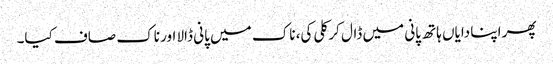
پھر اپنا دایاں ہاتھ پانی میں ڈال کر کلی کی، ناک میں پانی ڈالا اور ناک صاف کیا۔